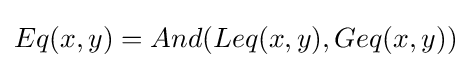
Eq(x,y)=And(Leq(x,y),Geq(x,y))